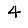
Digit: 4